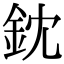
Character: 鈂